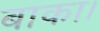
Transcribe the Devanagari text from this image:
बाका।